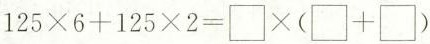
$$1 2 5 \times 6 + 1 2 5 \times 2 = \Box \times ( \Box + \Box )$$